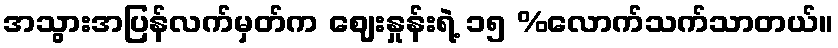
အသွားအပြန်လက်မှတ်က ဈေးနှုန်းရဲ့ ၁၅ %လောက်သက်သာတယ်။